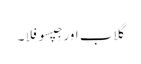
گلاب اور جِپسوفِلا۔